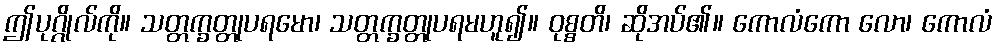
ဤပုဂ္ဂိုလ်ကို။ သတ္တက္ခတ္တုပရမော၊ သတ္တက္ခတ္တုပရမဟူ၍။ ဝုစ္စတိ၊ ဆိုအပ်၏။ ကောလံကော လော၊ ကောလံ